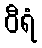
ဝီရံ